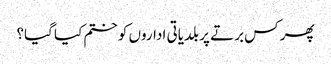
پھر کس برتے پر بلدیاتی اداروں کو ختم کیا گیا؟